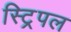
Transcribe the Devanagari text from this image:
स्ट्रिपल